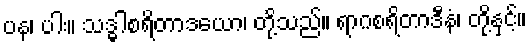
ပန၊ ပါး။ သဒ္ဓါစရိတာဒယော၊ တို့သည်။ ရာဂစရိတာဒီနံ၊ တို့နှင့်။